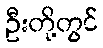
ဦးတို့တွင်